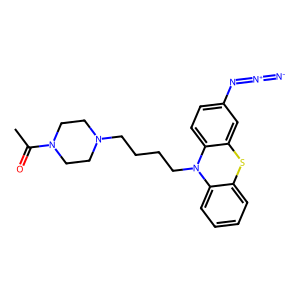
SMILES: CC(=O)N1CCN(CCCCN2c3ccccc3Sc3cc(N=[N+]=[N-])ccc32)CC1
Inhibits HIV replication: No